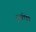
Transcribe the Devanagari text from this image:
हस्‍तलिपि